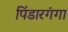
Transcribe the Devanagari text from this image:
पिंडारगंगा